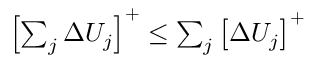
\begin{array} { r } { \left[ \sum _ { j } \Delta U _ { j } \right] ^ { + } \leq \sum _ { j } \left[ \Delta U _ { j } \right] ^ { + } } \end{array}